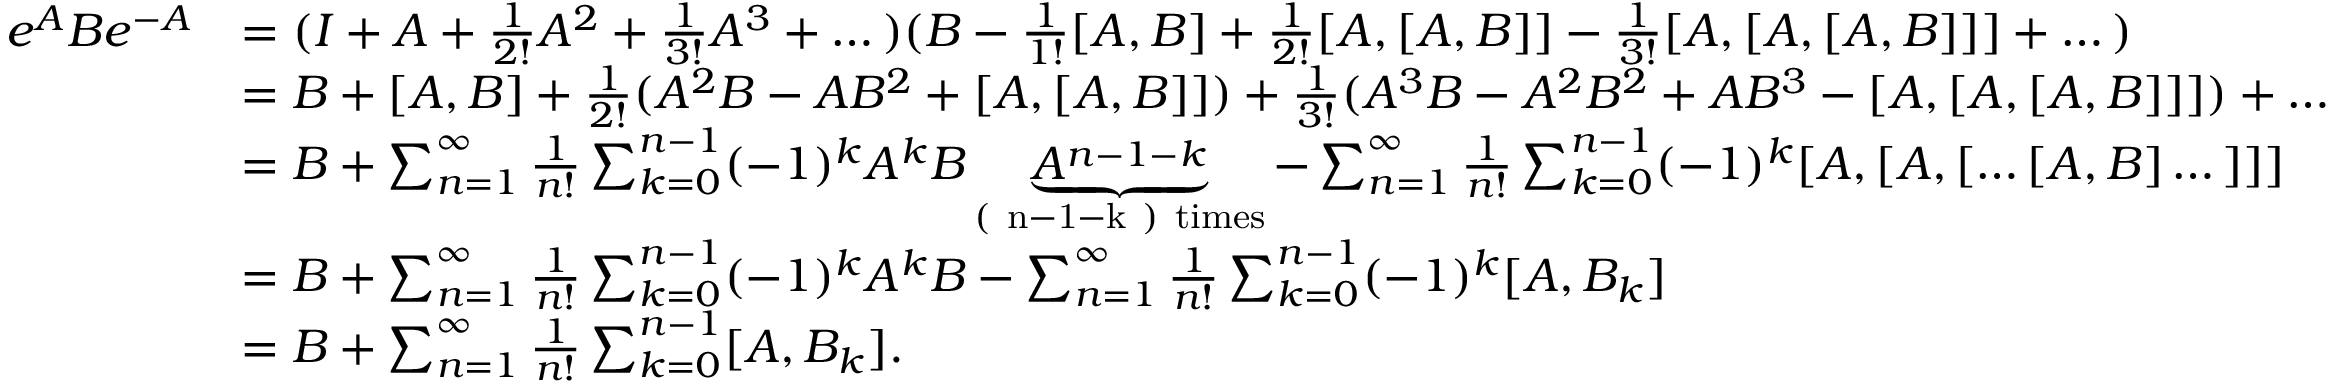
\begin{array} { r l } { e ^ { A } B e ^ { - A } } & { = ( I + A + \frac { 1 } { 2 ! } A ^ { 2 } + \frac { 1 } { 3 ! } A ^ { 3 } + \dots ) ( B - \frac { 1 } { 1 ! } [ A , B ] + \frac { 1 } { 2 ! } [ A , [ A , B ] ] - \frac { 1 } { 3 ! } [ A , [ A , [ A , B ] ] ] + \dots ) } \\ & { = B + [ A , B ] + \frac { 1 } { 2 ! } ( A ^ { 2 } B - A B ^ { 2 } + [ A , [ A , B ] ] ) + \frac { 1 } { 3 ! } ( A ^ { 3 } B - A ^ { 2 } B ^ { 2 } + A B ^ { 3 } - [ A , [ A , [ A , B ] ] ] ) + \dots } \\ & { = B + \sum _ { n = 1 } ^ { \infty } \frac { 1 } { n ! } \sum _ { k = 0 } ^ { n - 1 } ( - 1 ) ^ { k } A ^ { k } B \underbrace { A ^ { n - 1 - k } } _ { \mathrm { ( ~ n - 1 - k ~ ) ~ t i m e s } } - \sum _ { n = 1 } ^ { \infty } \frac { 1 } { n ! } \sum _ { k = 0 } ^ { n - 1 } ( - 1 ) ^ { k } [ A , [ A , [ \dots [ A , B ] \dots ] ] ] } \\ & { = B + \sum _ { n = 1 } ^ { \infty } \frac { 1 } { n ! } \sum _ { k = 0 } ^ { n - 1 } ( - 1 ) ^ { k } A ^ { k } B - \sum _ { n = 1 } ^ { \infty } \frac { 1 } { n ! } \sum _ { k = 0 } ^ { n - 1 } ( - 1 ) ^ { k } [ A , B _ { k } ] } \\ & { = B + \sum _ { n = 1 } ^ { \infty } \frac { 1 } { n ! } \sum _ { k = 0 } ^ { n - 1 } [ A , B _ { k } ] . } \end{array}